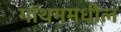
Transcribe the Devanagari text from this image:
गॉथममधील